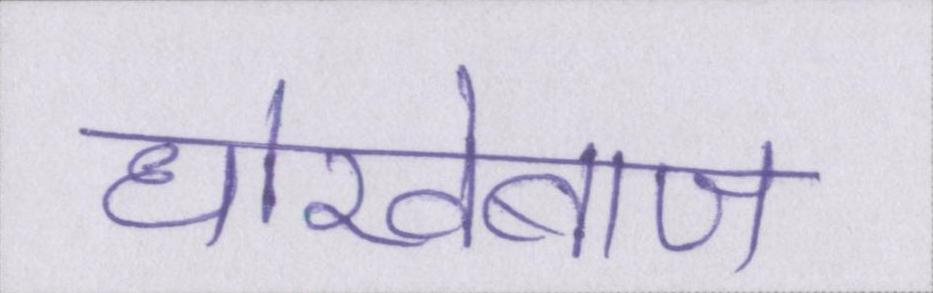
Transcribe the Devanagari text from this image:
धोखेबाज